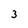
Character: 3